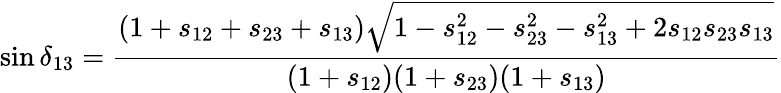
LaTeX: \sin\delta_{13}=\frac{(1+s_{12}+s_{23}+s_{13})\sqrt{1-s_{12}^{2}-s_{23}^{2}-s_{13}^{2}+2s_{12}s_{23}s_{13}}}{(1+s_{12})(1+s_{23})(1+s_{13})}